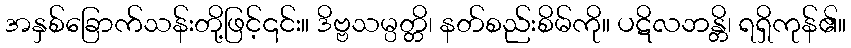
အနှစ်ခြောက်သန်းတို့ဖြင့်၎င်း။ ဒိဗ္ဗသမ္ပတ္တိ၊ နတ်စည်းစိမ်ကို။ ပဋိလဘန္တိ၊ ရရှိကုန်၏။